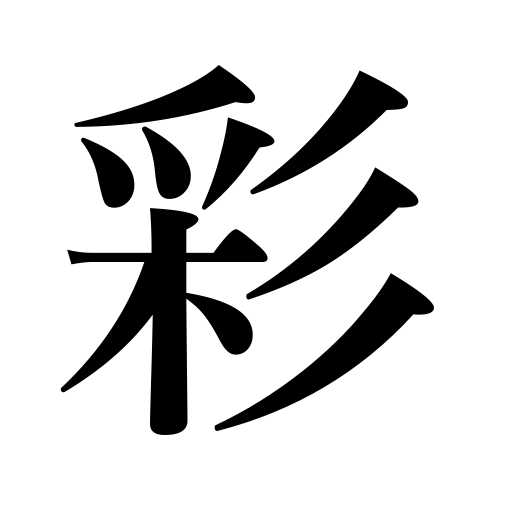
Meanings: make up,paint,color